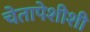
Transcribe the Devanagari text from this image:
चेतापेशीशी